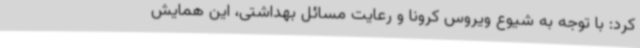
کرد: با توجه به شیوع ویروس کرونا و رعایت مسائل بهداشتی، این همایش